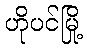
ဟိုပင်မြို့